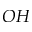
O H